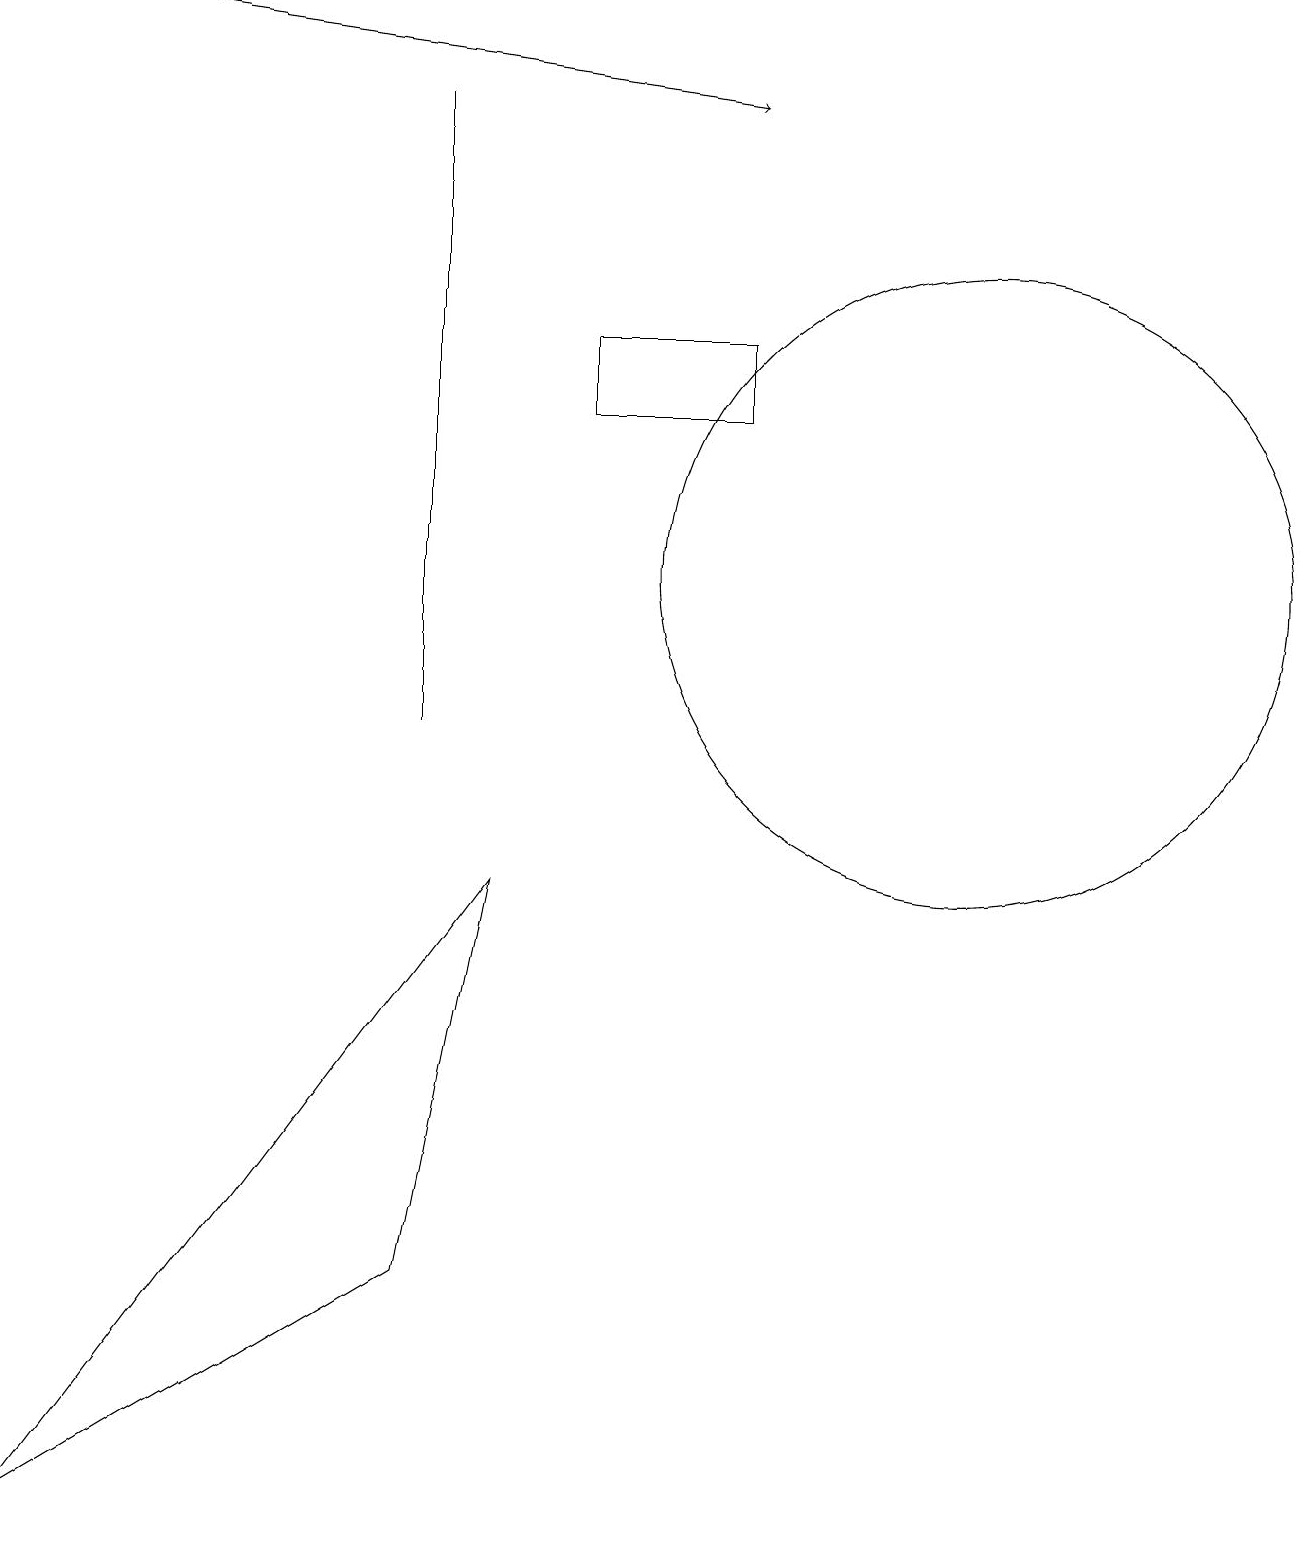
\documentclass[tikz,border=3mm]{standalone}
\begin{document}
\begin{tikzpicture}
\draw (12,12) circle (4);
\draw (5,18) rectangle (5,10);
\draw (7,15) rectangle (9,14);
\draw (9,18) rectangle (9,18);
\draw[->] (2,19) -- (9,18);
\draw (0,0) -- (6,8) -- (5,3) -- cycle;
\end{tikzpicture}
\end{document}